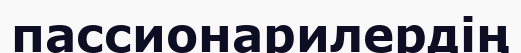
пассионарилердің